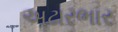
અઢારભાર